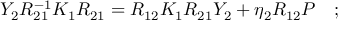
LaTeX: Y _ { 2 } R _ { 2 1 } ^ { - 1 } K _ { 1 } R _ { 2 1 } = R _ { 1 2 } K _ { 1 } R _ { 2 1 } Y _ { 2 } + \eta _ { 2 } R _ { 1 2 } { \cal P } \quad ; \,